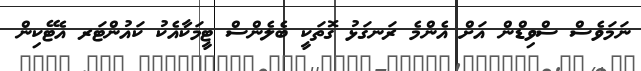
ނަމަވެސް ސްވިޑްން އަށް އެންމެ ރަނގަޅު ގޮތަކީ ބެލެންސް ޓީމަކާއެކު ކައުންޓަރ އެޓޭކިން